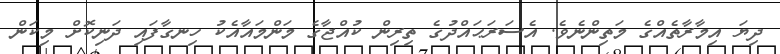
ދިޔަ އިމާރާތެއްގެ މަތިންނެވެ. އެސަރަޙައްދުގެ ތިރިން ކުއްޖާގެ މަންމައާއެކު ހިނގާފައި ދަނިކޮށް މިކަން